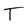
Character: T